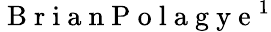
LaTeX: \mathrm{~B~r~i~a~n~P~o~l~a~g~y~e~}^{1}